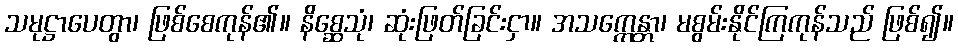
သမုဋ္ဌာပေတွာ၊ ဖြစ်စေကုန်၏။ နိစ္ဆေသုံ၊ ဆုံးဖြတ်ခြင်းငှာ။ အသက္ကေန္တာ၊ မစွမ်းနိုင်ကြကုန်သည် ဖြစ်၍။